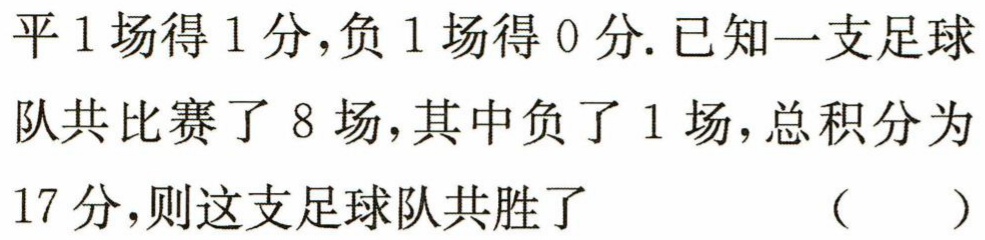
平1场得1分,负1场得0分.已知一支足球队共比赛了8场,其中负了1场,总积分为17分,则这支足球队共胜了 （  ）